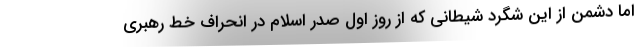
اما دشمن از این شگرد شیطانی که از روز اول صدر اسلام در انحراف خط رهبری